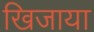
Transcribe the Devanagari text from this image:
खिजाया